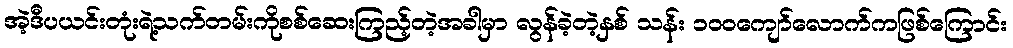
အဲ့ဒီပယင်းတုံးရဲ့သက်တမ်းကိုစစ်ဆေးကြည့်တဲ့အခါမှာ လွန်ခဲ့တဲ့နှစ် သန်း ၁၀၀ကျော်လောက်ကဖြစ်ကြောင်း